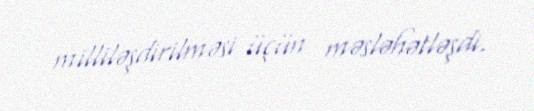
milliləşdirilməsi üçün məsləhətləşdi.